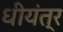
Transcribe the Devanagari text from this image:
धीयंत्र